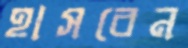
হাসবেন